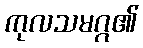
ကုလသမဂ္ဂ၏